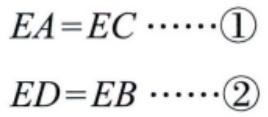
\[
EA = EC\cdots\cdots\textcircled{1}\\
ED = EB\cdots\cdots\textcircled{2}
\]